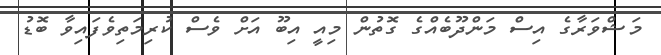
މަޝްވަރާގެ އިސް މަންދޫބެއްގެ ގޮތުން މިއީ އިބޫ އަށް ވެސް ކުރިމަތިވެފައިވާ ބޮޑު